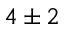
4 \pm 2